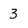
Character: 3